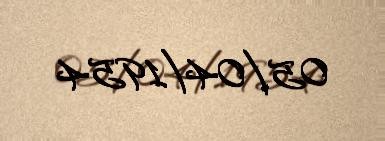
05/04/1954